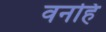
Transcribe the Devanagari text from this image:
वनहिं